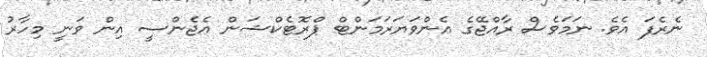
ނެރެފަ އެވެ. ނަމަވެސް ރާއްޖޭގެ އެންވަޔަރަމަންޓް ޕްރޮޓެކްޝަން އެޖެންސީ އިން ވަނީ މިހާރު